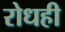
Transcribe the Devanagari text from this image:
रोधही